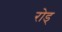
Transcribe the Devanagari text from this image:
रोड्